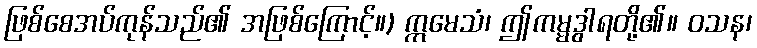
ဖြစ်စေအပ်ကုန်သည်၏ အဖြစ်ကြောင့်။) ဣမေသံ၊ ဤကမ္မဒွါရတို့၏။ ဝသန၊